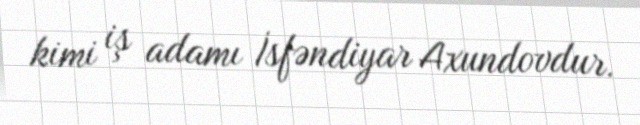
kimi iş adamı İsfəndiyar Axundovdur.